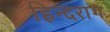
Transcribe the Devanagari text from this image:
हिन्दराग